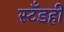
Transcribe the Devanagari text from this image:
स्टँडही